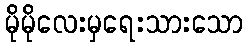
မိုမိုလေးမှရေးသားသော